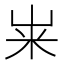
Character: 𫂳